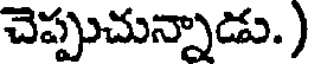
చెప్పుచున్నాడు. )